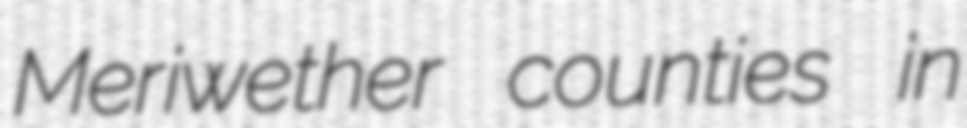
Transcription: Meriwether counties in